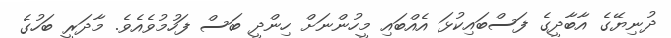
ދުނިޔޭގެ އާބާދީގެ ފަސްބައިކުޅަ އެއްބައި މީހުންނަށް ހިންދީ ބަސް ފަހުމުވެއެވެ. މާދަރީ ބަހުގެ